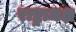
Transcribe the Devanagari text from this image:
राष्ट्राधक्ष